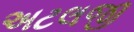
અટલજી